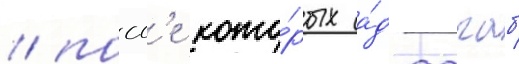
/ посл'е кото́рых а́д-дагаб